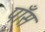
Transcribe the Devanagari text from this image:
पाँस